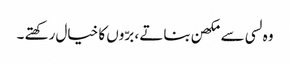
وہ لسی سے مکھن بناتے ، برّوں کا خیال رکھتے ۔